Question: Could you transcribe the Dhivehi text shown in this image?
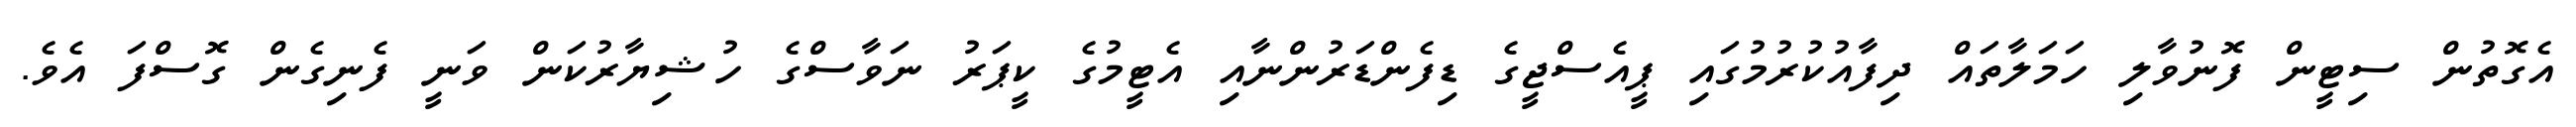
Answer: އެގޮތުން ސިޓީން ފޮނުވާލި ހަމަލާތައް ދިފާއުކުރުމުގައި ޕީއެސްޖީގެ ޑިފެންޑަރުންނާއި އެޓީމުގެ ކީޕަރު ނަވާސްގެ ހުޝިޔާރުކަން ވަނީ ފެނިގެން ގޮސްފަ އެވެ.